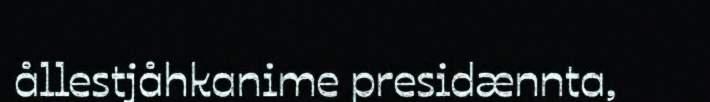
ållestjåhkanime presidænnta,